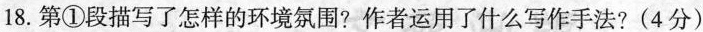
18. 第①段描写了怎样的环境氛围?作者运用了什么写作手法? (4分)